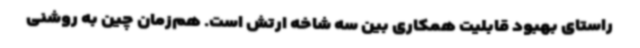
راستای بهبود قابلیت همکاری بین سه شاخه ارتش است. هم‌زمان چین به روشنی